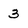
Character: 3